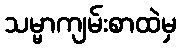
သမ္မာကျမ်းစာထဲမှ